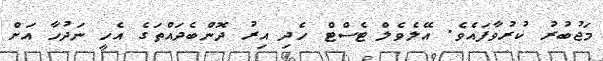
މަޖުބުރު ކުރުވާފައެވެ. އޭލެވެލް ޓެސްޓް ހެދި އިރު ދޮންބެދައްތަގެ އެހީ ނަދުހާ އަށް